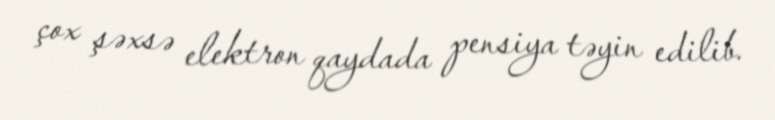
çox şəxsə elektron qaydada pensiya təyin edilib.